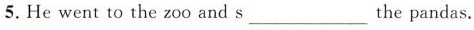
5. He went to the zoo and s ___ the pandas.